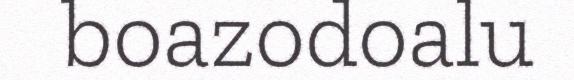
boazodoalu